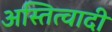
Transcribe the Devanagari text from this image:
अस्तित्वादी